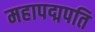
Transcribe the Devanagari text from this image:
महापद्मपति